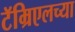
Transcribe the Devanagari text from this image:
टॅम्रिएलच्या